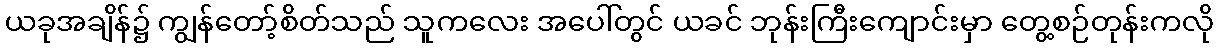
ယခုအချိန်၌ ကျွန်တော့်စိတ်သည် သူကလေး အပေါ်တွင် ယခင် ဘုန်းကြီးကျောင်းမှာ တွေ့စဉ်တုန်းကလို